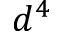
d ^ { 4 }